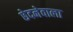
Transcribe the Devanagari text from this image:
छेदनेवाला